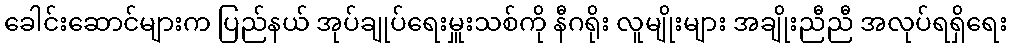
ခေါင်းဆောင်များက ပြည်နယ် အုပ်ချုပ်ရေးမှူးသစ်ကို နီဂရိုး လူမျိုးများ အချိုးညီညီ အလုပ်ရရှိရေး